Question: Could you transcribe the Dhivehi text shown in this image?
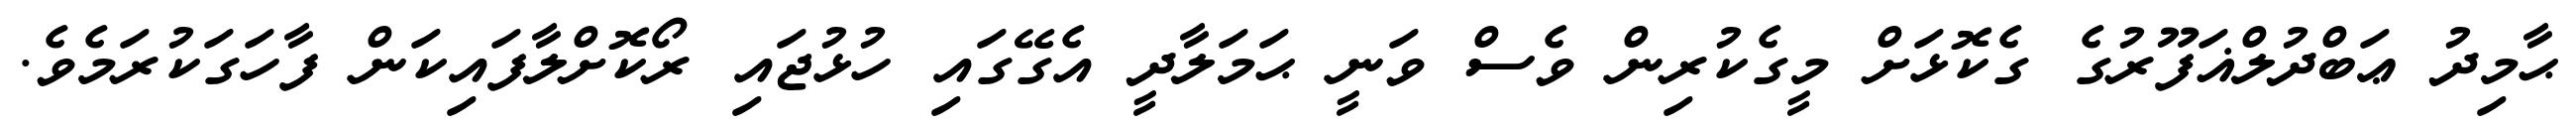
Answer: ޙާމިދު ޢަބްދުލްޣަފޫރުގެ ގެކޮޅަށް މީގެކުރިން ވެސް ވަނީ ޙަމަލާދީ އެގޭގައި ހުޅުޖައި ރޯކޮށްލާފައިކަން ފާހަގަކުރަމެވެ.